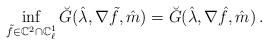
LaTeX: \begin{align*} \inf_{\tilde f\in\mathbb C^2\cap \mathbb C^1_\ell}\breve G(\hat\lambda, \nabla\tilde f,\hat m)=\breve G(\hat\lambda,\nabla\hat f,\hat m)\,.\end{align*}